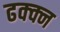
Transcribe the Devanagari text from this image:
ढक्क्न